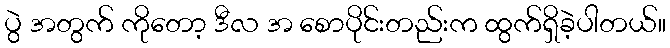
ပွဲ အတွက် ကိုတော့ ဒီလ အ စောပိုင်းတည်းက ထွက်ရှိခဲ့ပါတယ်။